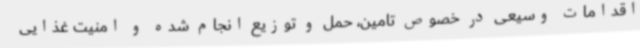
اقدامات وسیعی در خصوص تامین، حمل و توزیع انجام شده و امنیت غذایی